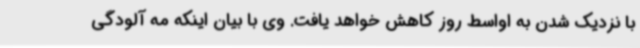
با نزدیک شدن به اواسط روز کاهش خواهد یافت. وی با بیان اینکه مه آلودگی